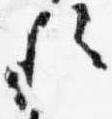
歟